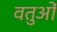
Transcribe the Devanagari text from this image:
वतुओं